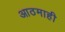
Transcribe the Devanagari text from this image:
आठमाही